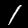
Digit: 1